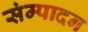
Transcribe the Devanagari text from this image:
संम्पादन